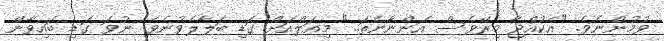
ވުމުންނެވެ. "އެކުއްޖާ މިރޭވެސް އަންނާނެތަ.." މިއަލްއަށް ގަޑި ބަލާލެވުނެވެ. ނުވަ ގަޑި ބައިވާން